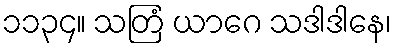
၁၁၃၄။ သတြံ ယာဂေ သဒါဒါနေ၊